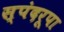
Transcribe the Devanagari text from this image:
स्पंदरूपा